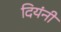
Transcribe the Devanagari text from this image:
दियंनी